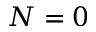
N = 0